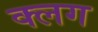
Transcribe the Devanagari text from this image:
क्लग